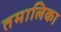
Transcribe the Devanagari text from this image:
तमालिका